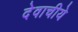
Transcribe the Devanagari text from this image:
देवाचीये